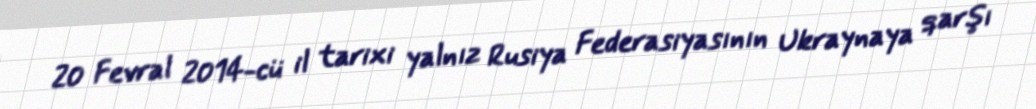
20 Fevral 2014-cü il tarixi yalnız Rusiya Federasiyasının Ukraynaya qarşı